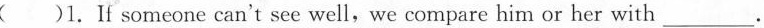
( )1.If someone can't see well,we compare him or her with ___.